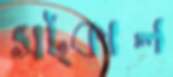
সট্‌কাল